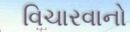
વિચારવાનો